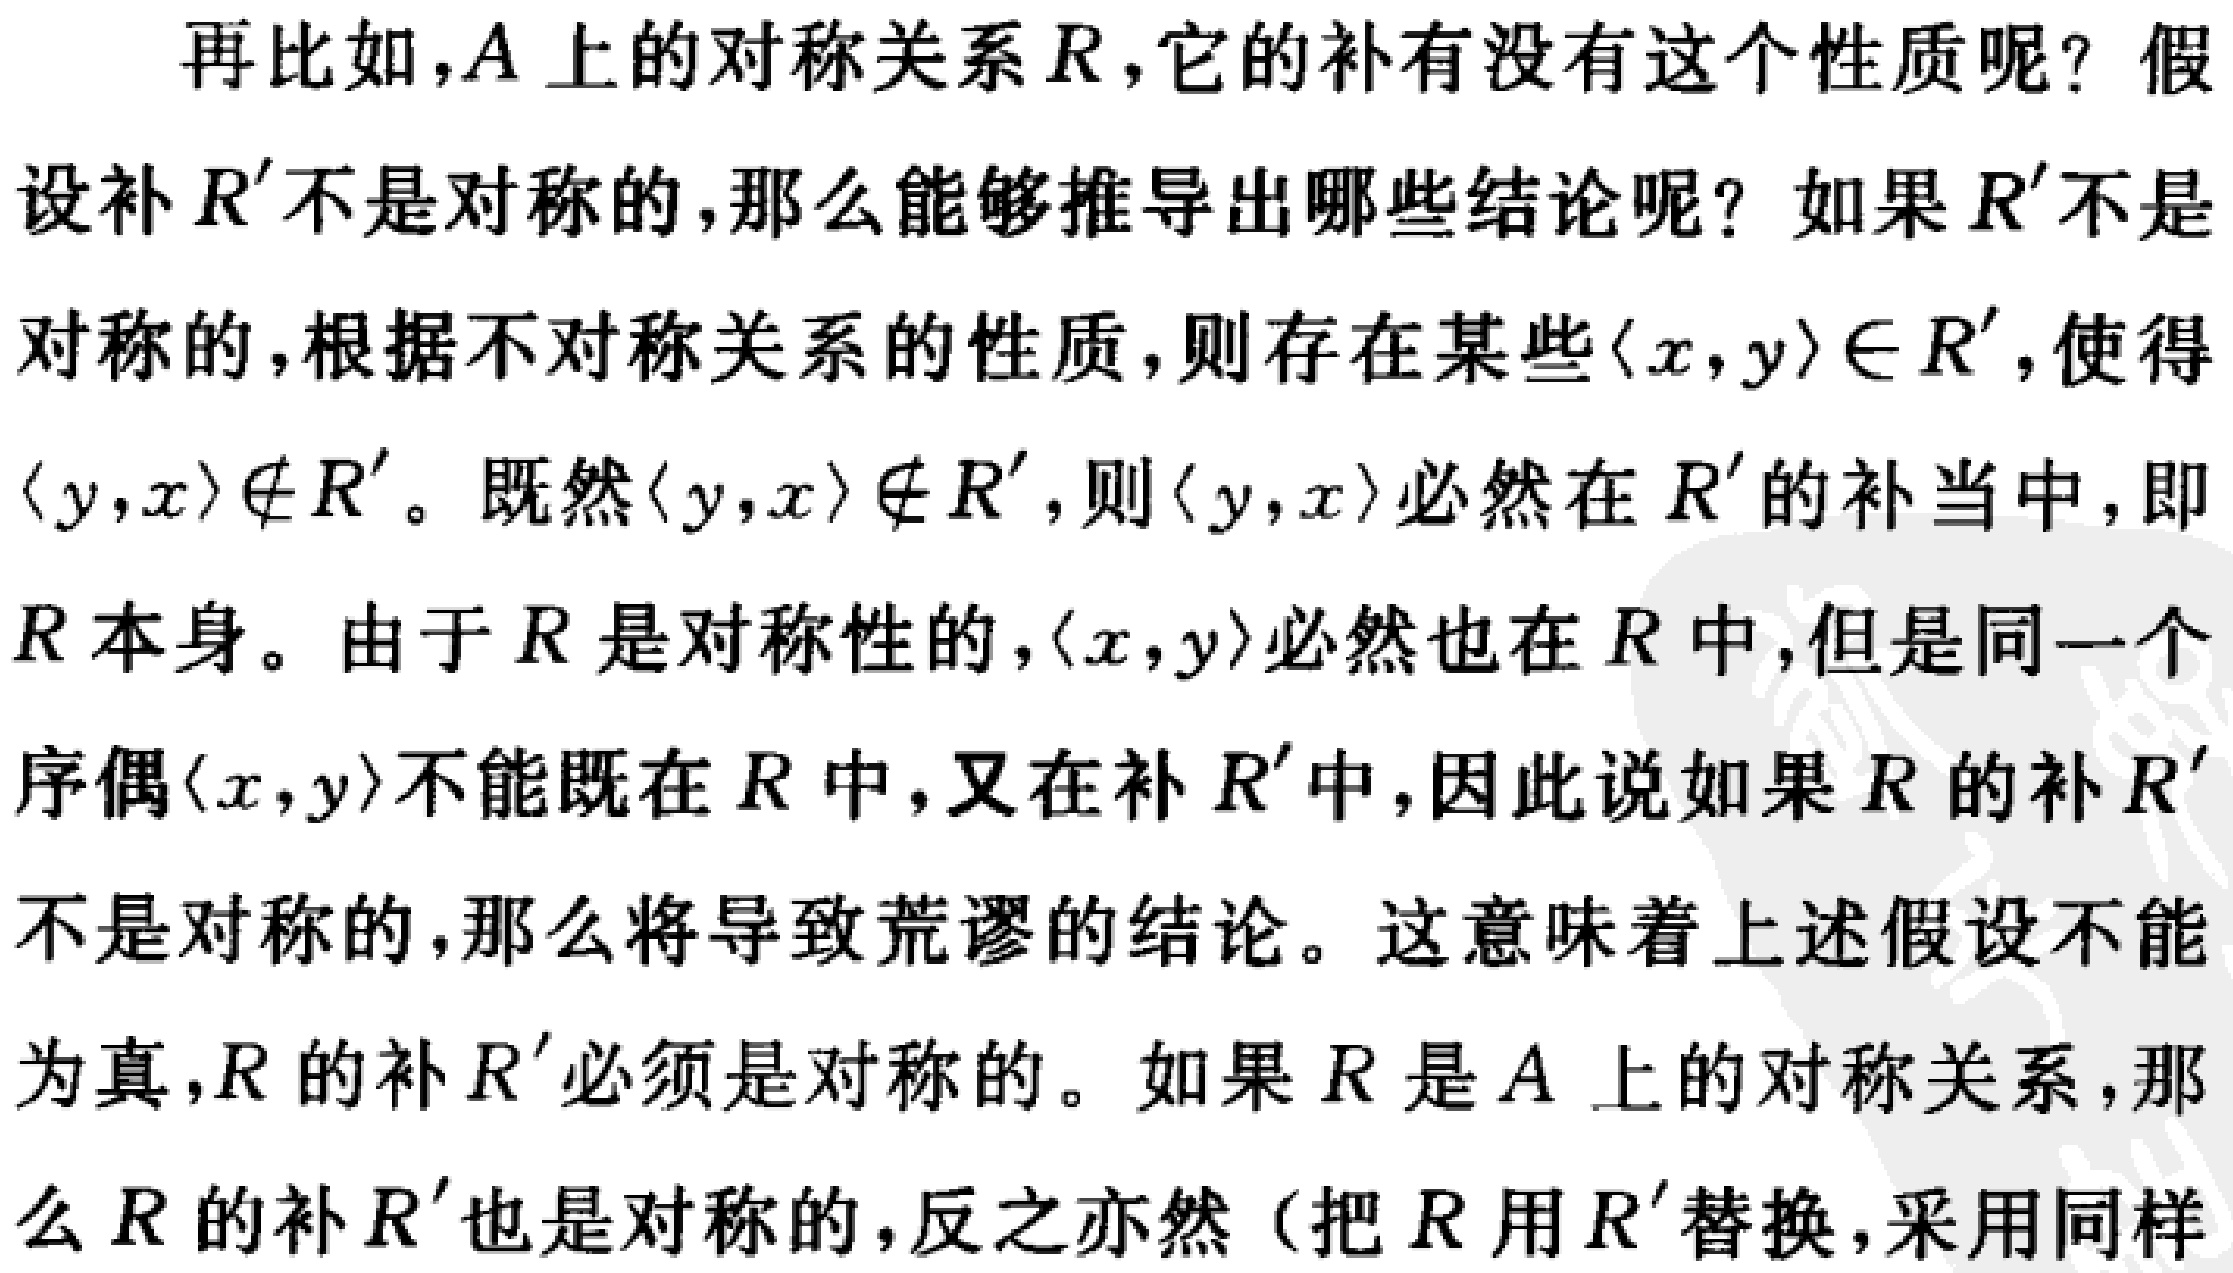
再比如，\(A\)上的对称关系\(R\)，它的补有没有这个性质呢？假设补\(R'\)不是对称的，那么能够推导出哪些结论呢？如果\(R'\)不是对称的，根据不对称关系的性质，则存在某些\(\langle x,y\rangle\in R'\)，使得\(\langle y,x\rangle\notin R'\)。既然\(\langle y,x\rangle\notin R'\)，则\(\langle y,x\rangle\)必然在\(R'\)的补当中，即\(R\)本身。由于\(R\)是对称性的，\(\langle x,y\rangle\)必然也在\(R\)中，但是同一个序偶\(\langle x,y\rangle\)不能既在\(R\)中，又在补\(R'\)中，因此说如果\(R\)的补\(R'\)不是对称的，那么将导致荒谬的结论。这意味着上述假设不能为真，\(R\)的补\(R'\)必须是对称的。如果\(R\)是\(A\)上的对称关系，那么\(R\)的补\(R'\)也是对称的，反之亦然（把\(R\)用\(R'\)替换，采用同样